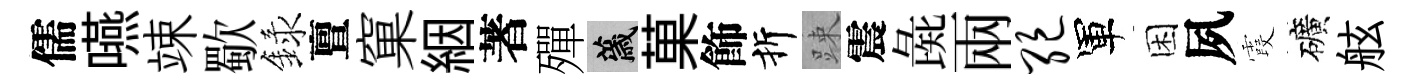
儒嚥竦歜録亶窠絪著殫薉菓飾折踈震彘兩绝軍困夙霞礦舷